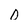
Character: 0